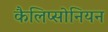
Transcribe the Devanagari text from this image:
कैलिप्सोनियन